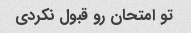
تو امتحان رو قبول نکردی